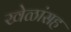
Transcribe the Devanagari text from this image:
खेळांसह